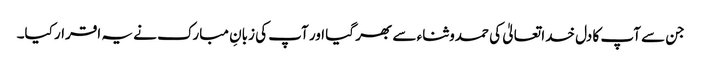
جن سے آپ کا دل خدا تعالیٰ کی حمدوثناء سے بھر گیا اور آپ کی زبانِ مبارک نے یہ اقرار کیا۔